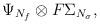
LaTeX: \begin{align*}\Psi _{N_{f}}\otimes F\Sigma _{N_{\sigma }}, \end{align*}